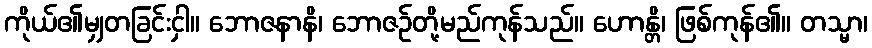
ကိုယ်၏မျှတခြင်းငှါ။ ဘောဇနာနိ၊ ဘောဇဉ်တို့မည်ကုန်သည်။ ဟောန္တိ၊ ဖြစ်ကုန်၏။ တသ္မာ၊